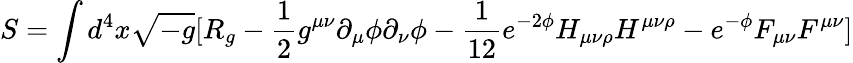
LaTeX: S=\int d^{4}x{\sqrt{-g}}[R_{g}-{\frac{1}{2}}g^{\mu\nu}\partial_{\mu}\phi\partial_{\nu}\phi-{\frac{1}{12}}e^{-2\phi}H_{\mu\nu\rho}H^{\mu\nu\rho}-{e^{-\phi}}F_{\mu\nu}F^{\mu\nu}]